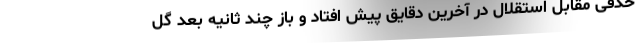
حذفی مقابل استقلال در آخرین دقایق پیش افتاد و باز چند ثانیه بعد گل